Vaccination in the Punjab 1905-1918 - 1905-1918
Year: 1905
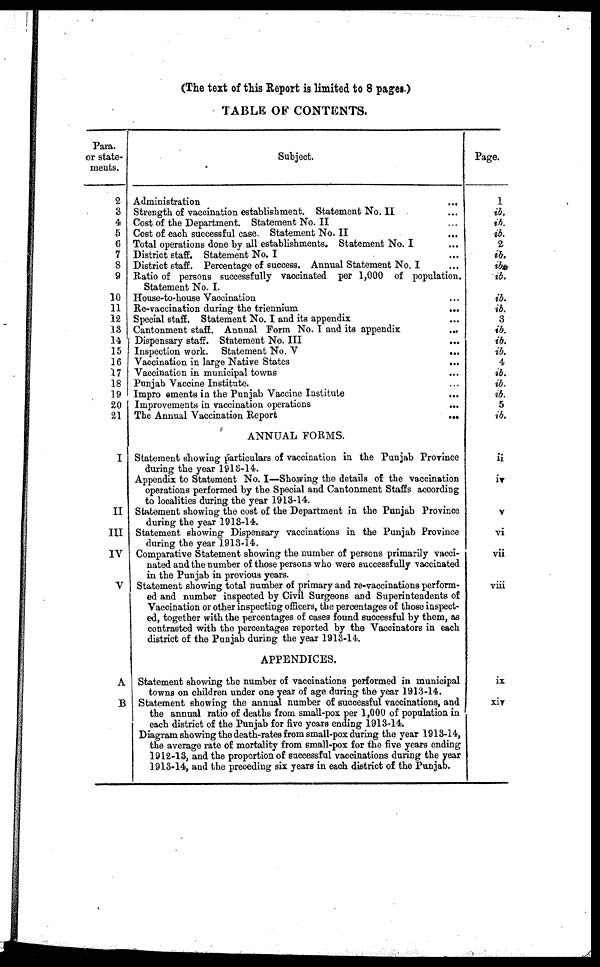
(The text of this Report is limited to 8 pages.)
TABLE OF CONTENTS.
Para.
or state-
ments.
2
3
4
5
6
7
8
9
10
11
12
13
14
15
16
17
18
19
20
21
I
II
III
IV
V
A
B
Subject.
Administration
...
Strength of vaccination establishment. Statement No.II ...
Cost of the Department. Statement No. II ...
Cost of each successful case. Statement No. II
...
Total operations done by all establishments. Statement No. I ...
District staff. Statement No. I ...
District staff. Percentage of success. Annual Statement No. I ...
Ratio of persons successfully vaccinated per 1,000 of population.
Statement No. I.
House-to-house Vaccination ...
Re-vaccination during the triennium
...
Special staff. Statement No. I and its appendix ...
Cantonment staff. Annual Form No. I and its appendix
...
Dispensary staff. Statement No. III ...
Inspection work. Statement No. V
...
Vaccination in large Native States ...
Vaccination in municipal towns ...
Punjab Vaccine Institute. ...
Impro ements in the Punjab Vaccine Institute ...
Improvements in vaccination operations ...
The Annual Vaccination Report
...
ANNUAL FORMS.
Statement showing particulars of vaccination in the Punjab Province
during the year 1918-14.
Appendix to Statement No. I—Showing the details of the vaccination
operations performed by the Special and Cantonment Staffs according
to localities during the year 1913-14.
Statement showing the cost of the Department in the Punjab Province
during the year 1913-14.
Statement showing Dispensary vaccinations in the Punjab Province
during the year 1913-14.
Comparative Statement showing the number of persons primarily vacci-
nated and the number of those persons who were successfully vaccinated
in the Punjab in previous years.
Statement showing total number of primary and re-vaccinations perform-
ed and number inspected by Civil Surgeons and Superintendents of
Vaccination or other inspecting officers, the percentages of those inspect-
ed, together with the percentages of cases found successful by them, as
contrasted with the percentages reported by the Vaccinators in each
district of the Punjab during the year 1913-14.
APPENDICES.
Statement showing the number of vaccinations performed in municipal
towns on children under one year of age during the year 1913-14.
Statement showing the annual number of successful vaccinations, and
the annual ratio of deaths from small-pox per 1,000 of population in
each district of the Punjab for five years ending 1913-14.
Diagram showing the death-rates from small-pox during the year 1913-14,
the average rate of mortality from 6mall-pox for the five years ending
1912-13, and the proportion of successful vaccinations during the year
1913-14, and the preceding six years in each district of the Punjab.
Page.
1
ib.
ib.
ib.
2
ib.
ib
ib.
ib.
ib.
3
ib.
ib.
ib.
4
ib.
ib.
ib.
5
ib.
ii
iv
v
vi
vii
viii
ix
xiv